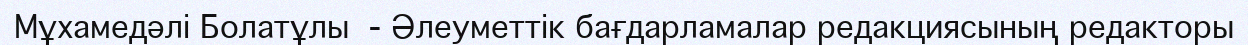
Мұхамедәлі Болатұлы  - Әлеуметтік бағдарламалар редакциясының редакторы